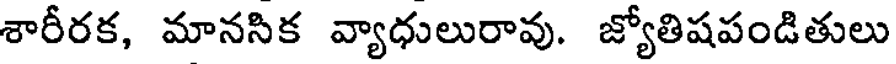
శారీరక, మానసిక వ్యాధులురావు. జ్యోతిషపండితులు